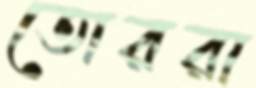
তোররা